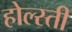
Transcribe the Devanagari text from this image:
होल्स्ती